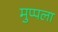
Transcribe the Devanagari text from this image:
मुप्पला